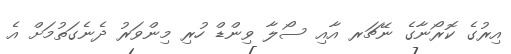
އިރުގެ ކޮރޯނާގެ ނޭޗަރ އާއި ސޯލާ ވިންޑް ހުރި މިންވަރު ދެނެގަތުމަށް އެ